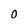
Character: 0